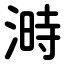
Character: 溡